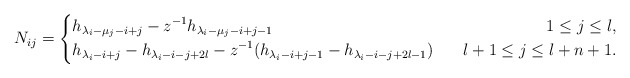
\begin{align*}N_{ij}=\left\{\begin{aligned}&h_{\lambda_i-\mu_j-i+j}-z^{-1}h_{\lambda_i-\mu_j-i+j-1}~~&~~1\leq j\leq l,\\&h_{\lambda_i-i+j}-h_{\lambda_i-i-j+2l}-z^{-1}(h_{\lambda_i-i+j-1}-h_{\lambda_i-i-j+2l-1})~&~~l+1\leq j\leq l+n+1.\end{aligned}\right.\end{align*}